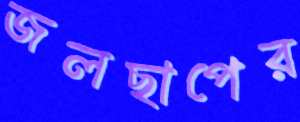
জলছাপের